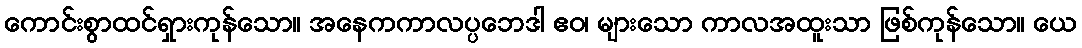
ကောင်းစွာထင်ရှားကုန်သော။ အနေကကာလပ္ပဘေဒါ ဧဝ၊ များသော ကာလအထူးသာ ဖြစ်ကုန်သော။ ယေ